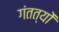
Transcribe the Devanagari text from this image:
गंतत्‍यों